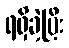
ရရှိခဲ့ပြီး